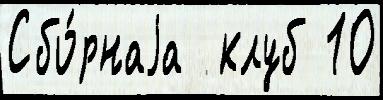
Сбо́рнаjа  клуб 10